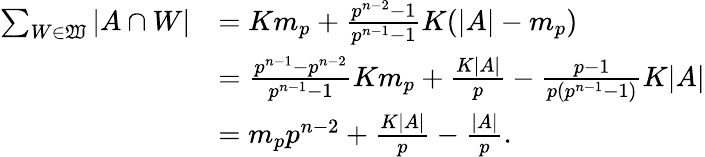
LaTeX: \begin{array}{rl}{\sum_{W\in\mathfrak{W}}\vert A\cap W\vert}&{=Km_{p}+\frac{p^{n-2}-1}{p^{n-1}-1}K(\vert A\vert-m_{p})}\\ &{=\frac{p^{n-1}-p^{n-2}}{p^{n-1}-1}Km_{p}+\frac{K\vert A\vert}{p}-\frac{p-1}{p(p^{n-1}-1)}K\vert A\vert}\\ &{=m_{p}p^{n-2}+\frac{K\vert A\vert}{p}-\frac{\vert A\vert}{p}.}\end{array}